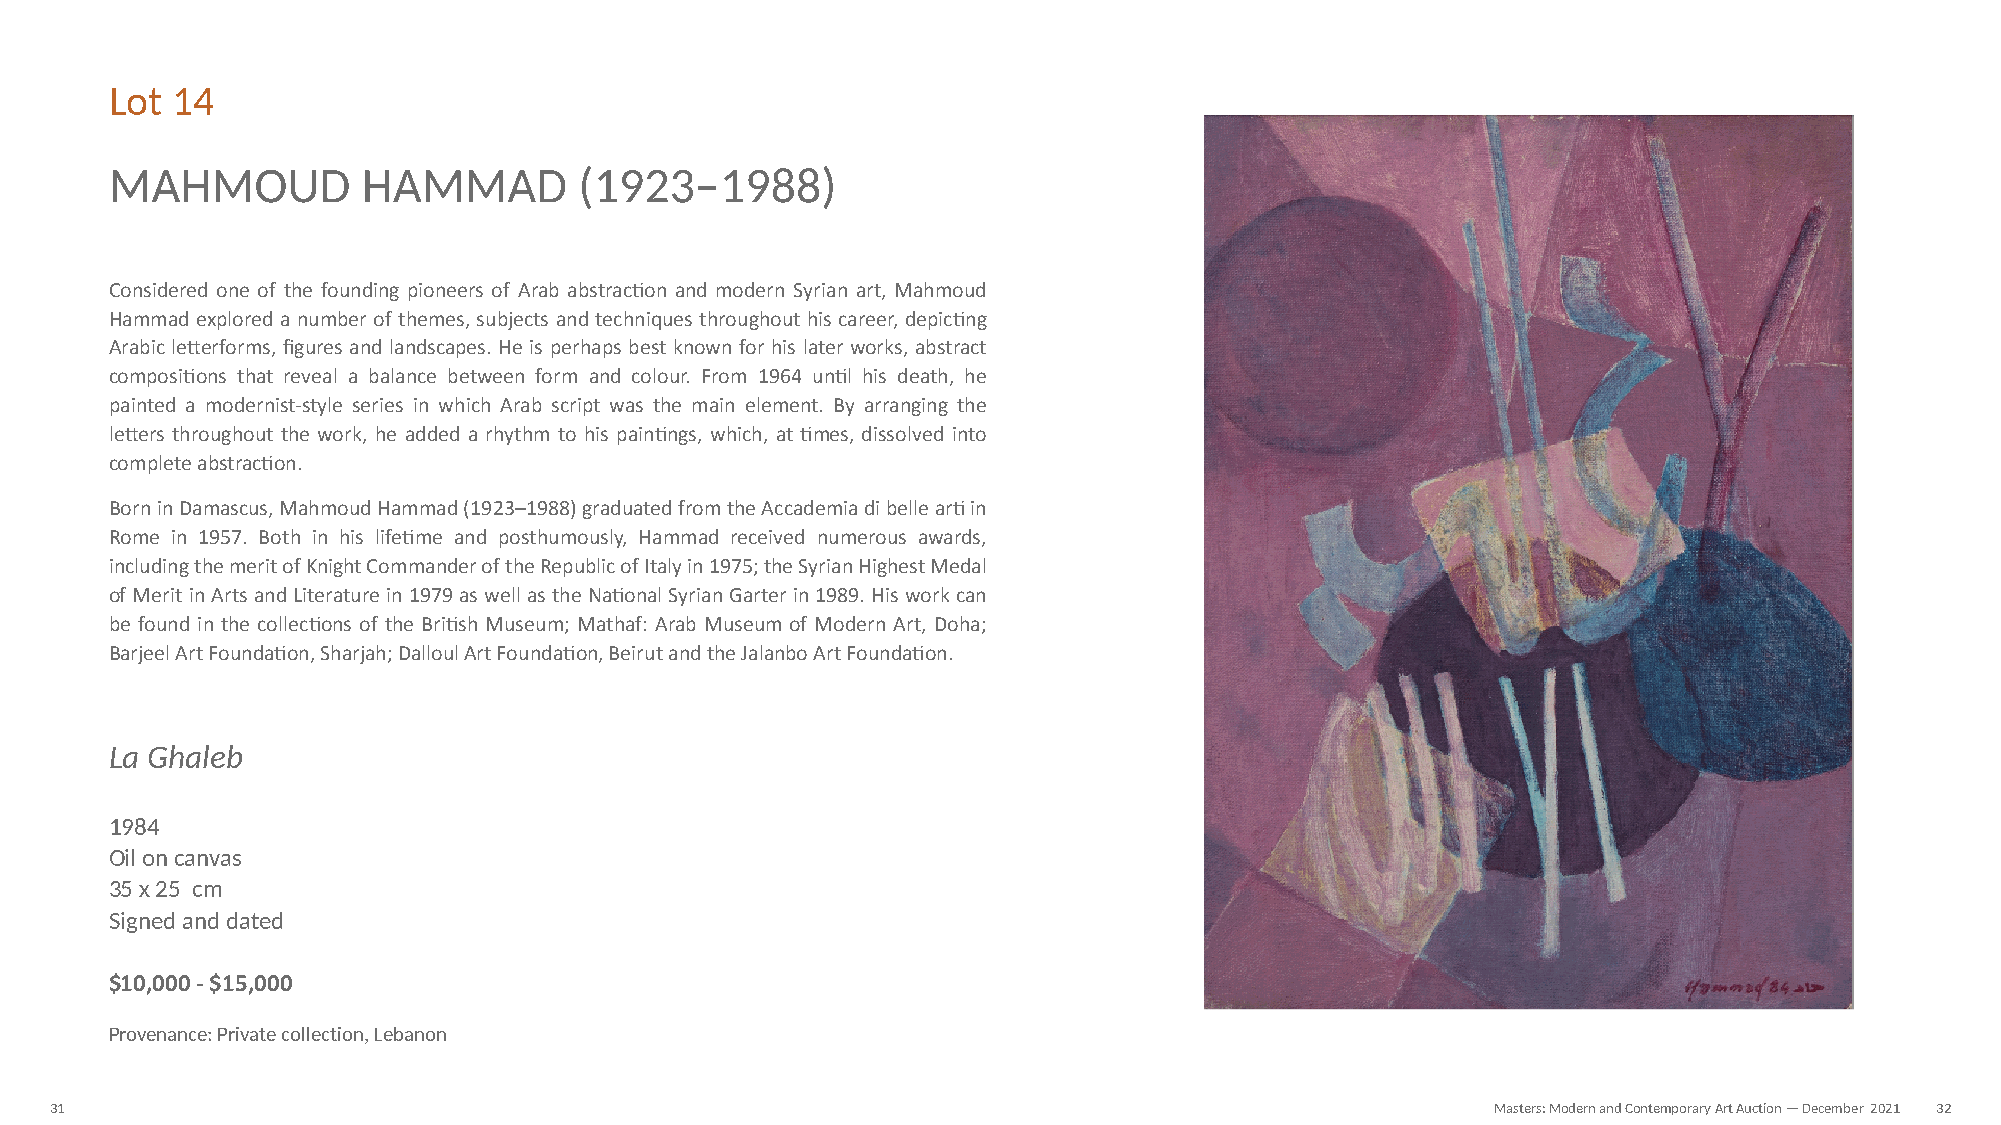
Lot 14
 MAHMOUD          HAMMAD        (1923–1988)
 Considered one of the founding pioneers of Arab abstracNon and modern Syrian art, Mahmoud
 Hammad explored a number of themes, subjects and techniques throughout his career, depicNng
 Arabic leZerforms, figures and landscapes. He is perhaps best known for his later works, abstract
 composiNons that reveal a balance between form and colour. From 1964 unNl his death, he
 painted a modernist-style series in which Arab script was the main element. By arranging the
 leZers throughout the work, he added a rhythm to his painNngs, which, at Nmes, dissolved into
 complete abstracNon.
 Born in Damascus, Mahmoud Hammad (1923–1988) graduated from the Accademia di belle arN in
 Rome in 1957. Both in his lifeNme and posthumously, Hammad received numerous awards,
 including the merit of Knight Commander of the Republic of Italy in 1975; the Syrian Highest Medal
 of Merit in Arts and Literature in 1979 as well as the NaNonal Syrian Garter in 1989. His work can
 be found in the collecNons of the BriNsh Museum; Mathaf: Arab Museum of Modern Art, Doha;
 Barjeel Art FoundaNon, Sharjah; Dalloul Art FoundaNon, Beirut and the Jalanbo Art FoundaNon.
 La Ghaleb
 1984
 Oil on canvas
 35 x 25 cm
 Signed and dated
 $10,000 - $15,000
 Provenance: Private collection, Lebanon
 31                                                                                              Masters: Modern and Contemporary Art Auction — December 2021 32